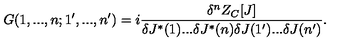
G ( 1 , . . . , n ; 1 ^ { \prime } , . . . , n ^ { \prime } ) = i \frac { \delta ^ { n } Z _ { C } [ J ] } { \delta J ^ { * } ( 1 ) . . . \delta J ^ { * } ( n ) \delta J ( 1 ^ { \prime } ) . . . \delta J ( n ^ { \prime } ) } \raisebox { - 2 . 8 5 m m } { \scriptsize { J ^ { * } = J = 0 } } .